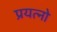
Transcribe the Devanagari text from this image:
प्रयत्नो